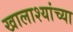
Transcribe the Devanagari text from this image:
खालाश्यांच्या